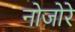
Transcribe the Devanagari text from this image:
नोजोरे